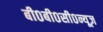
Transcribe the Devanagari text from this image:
बी०बी०सी०न्यूज़